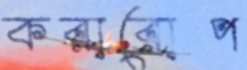
করারোপ